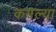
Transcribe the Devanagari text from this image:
कमल्या